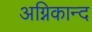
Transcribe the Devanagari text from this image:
अग्निकान्द